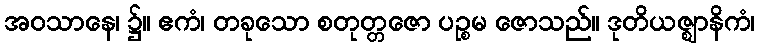
အဝသာနေ၊ ၌။ ဧကံ၊ တခုသော စတုတ္တဇော ပဉ္စမ ဇောသည်။ ဒုတိယဇ္ဈာနိကံ၊